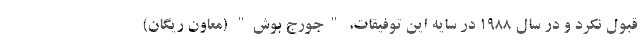
قبول نکرد و در سال 1988 در سایه این توفیقات، "جورج بوش" (معاون ریگان)